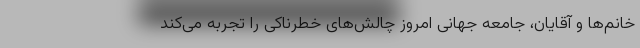
خانم‌ها و آقایان، جامعه جهانی امروز چالش‌های خطرناکی را تجربه می‌کند